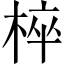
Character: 椊